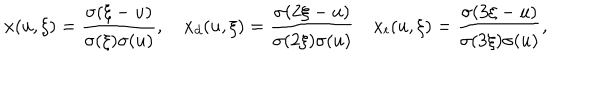
x ( u , \xi ) = { \frac { \sigma ( \xi - u ) } { \sigma ( \xi ) \sigma ( u ) } } , \quad x _ { d } ( u , \xi ) = { \frac { \sigma ( 2 \xi - u ) } { \sigma ( 2 \xi ) \sigma ( u ) } } \quad x _ { t } ( u , \xi ) = { \frac { \sigma ( 3 \xi - u ) } { \sigma ( 3 \xi ) \sigma ( u ) } } ,